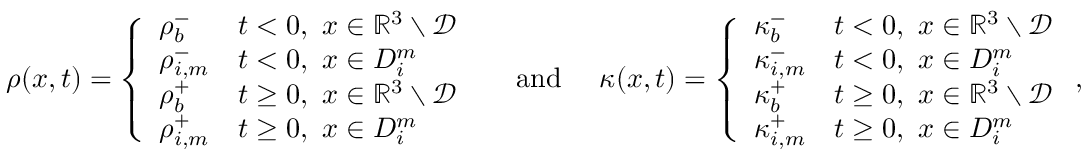
\begin{array} { r } { \rho ( x , t ) = \left\{ \begin{array} { l l } { \rho _ { b } ^ { - } } & { t < 0 , ~ x \in \mathbb { R } ^ { 3 } \setminus \mathcal { D } } \\ { \rho _ { i , m } ^ { - } } & { t < 0 , ~ x \in D _ { i } ^ { m } } \\ { \rho _ { b } ^ { + } } & { t \geq 0 , ~ x \in \mathbb { R } ^ { 3 } \setminus \mathcal { D } } \\ { \rho _ { i , m } ^ { + } } & { t \geq 0 , ~ x \in D _ { i } ^ { m } } \end{array} \right. \quad \mathrm { ~ a n d ~ } \quad \kappa ( x , t ) = \left\{ \begin{array} { l l } { \kappa _ { b } ^ { - } } & { t < 0 , ~ x \in \mathbb { R } ^ { 3 } \setminus \mathcal { D } } \\ { \kappa _ { i , m } ^ { - } } & { t < 0 , ~ x \in D _ { i } ^ { m } } \\ { \kappa _ { b } ^ { + } } & { t \geq 0 , ~ x \in \mathbb { R } ^ { 3 } \setminus \mathcal { D } } \\ { \kappa _ { i , m } ^ { + } } & { t \geq 0 , ~ x \in D _ { i } ^ { m } } \end{array} \right. , } \end{array}